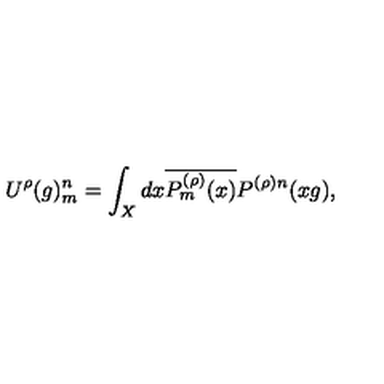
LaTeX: U ^ { \rho } ( g ) _ { m } ^ { n } = \int _ { X } d x \overline { { P _ { m } ^ { ( \rho ) } ( x ) } } P ^ { ( \rho ) n } ( x g ) ,